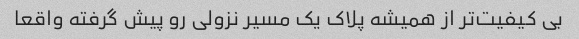
بی کیفیت‌تر از همیشه پلاک یک مسیر نزولی رو پیش گرفته واقعا